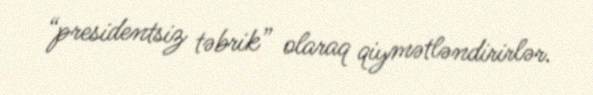
“presidentsiz təbrik” olaraq qiymətləndirirlər.